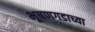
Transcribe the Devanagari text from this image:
भूषणगडाच्या